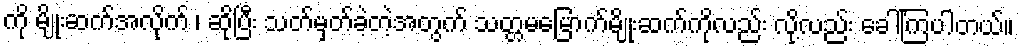
ကို မျိုးဆက်အလိုက် ၊ ဆိုပြီး သတ်မှတ်ခဲ့တဲ့အတွက် သတ္တမမြောက်မျိုးဆက်ကိုလည်း လို့လည်း ခေါ်ြကပါတယ်။